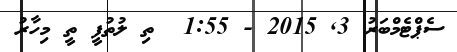
ސެޕްޓެމްބަރު 3